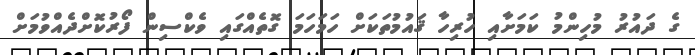
ގެ ދައުރު މުހިންމު ކަމަށާއި ހުރިހާ ޤައުމުތަކަށް ހަމަހަމަ ގޮތެއްގައި ވެކްސިން ފޯރުކޮށްދެއްވުމަށް